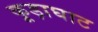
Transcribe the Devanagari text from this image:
कूड़ाघाट